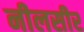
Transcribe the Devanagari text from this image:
नीलसीर